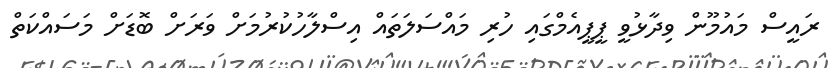
ރައީސް މައުމޫން ވިދާޅުވީ ޕީޕީއެމްގައި ހުރި މައްސަލަތައް އިސްލާހުކުރުމަށް ވަރަށް ބޮޑަށް މަސައްކަތް